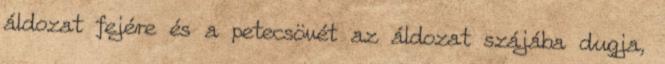
áldozat fejére és a petecsövét az áldozat szájába dugja,